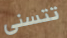
تتسنى